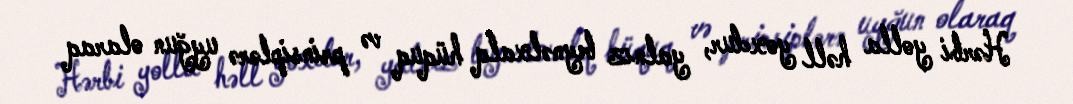
Hərbi yolla həll yoxdur, yalnız beynəlxalq hüquq və prinsiplərə uyğun olaraq